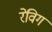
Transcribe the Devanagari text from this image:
रेविग